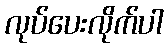
လုပ်ပေးလိုက်ပါ